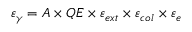
\varepsilon _ { \gamma } = A \times Q E \times \varepsilon _ { e x t } \times \varepsilon _ { c o l } \times \varepsilon _ { e }